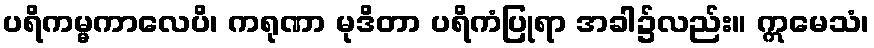
ပရိကမ္မကာလေပိ၊ ကရုဏာ မုဒိတာ ပရိကံပြုရာ အခါ၌လည်း။ ဣမေသံ၊